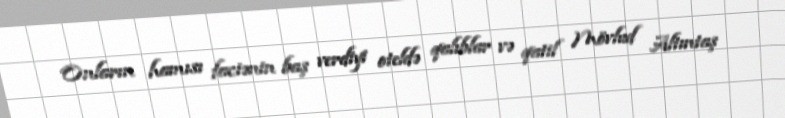
Onların hamısı faciənin baş verdiyi oteldə qalıblar və qatil Mövlud Altıntaş